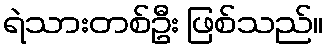
ရဲသားတစ်ဦး ဖြစ်သည်။